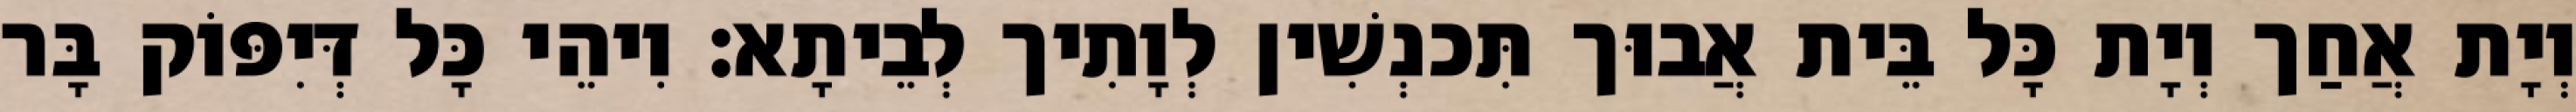
וְיָת אֲחַך וְיָת כָּל בֵּית אֲבוּך תִּכנְשִׁין לְוָתִיך לְבֵיתָא׃ וִיהֵי כָּל דְּיִפּוֹק בָּר